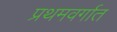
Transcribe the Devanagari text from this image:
प्रथमवर्गात